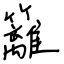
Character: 籬